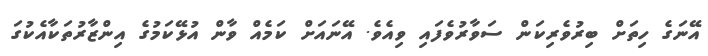
އޭނަގެ ހިތަށް ބިރުވެރިކަން ސަވާރުވެފައި ވިއެވެ. އޭނައަށް ކަމެއް ވާން އުޅޭކަމުގެ އިންޒާރުތަކާއެކުގަ